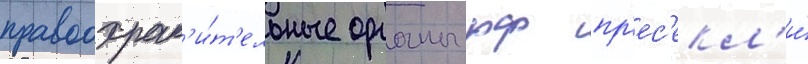
правоохран'и́т'ельные органы рф пр'ес'екл'и́